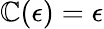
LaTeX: \mathbb{C}(\epsilon)=\epsilon